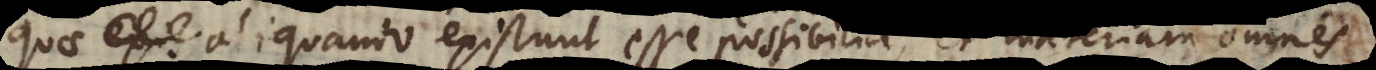
quae exis aliquando existunt esse possibilia et materiam omnes